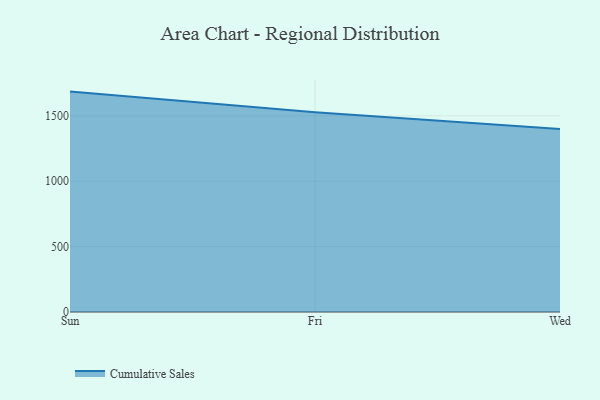
{"axis": {"x": "Day", "y": "Humidity (%)"}, "legend": ["Cumulative Sales"], "data": [{"x": "Sun", "y": 1685.6, "type": "Cumulative Sales"}, {"x": "Fri", "y": 1527.7, "type": "Cumulative Sales"}, {"x": "Wed", "y": 1399.7, "type": "Cumulative Sales"}]}